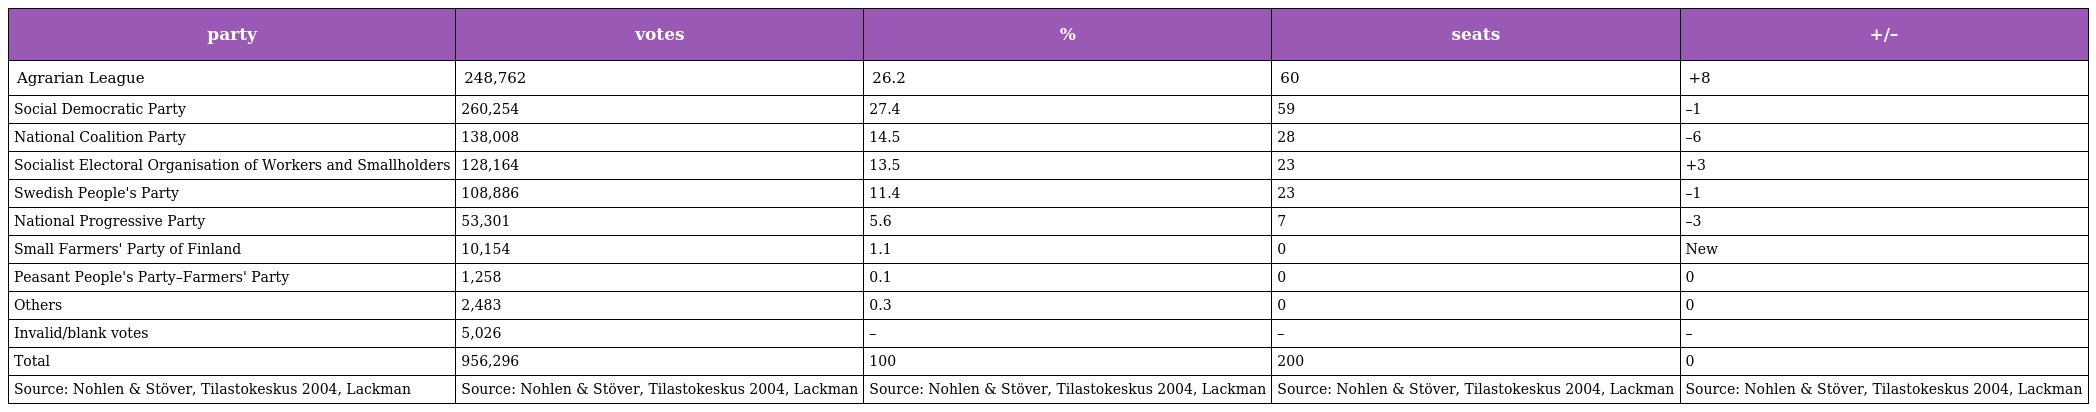
| party | votes | % | seats | +/– |
 | --- | --- | --- | --- | --- |
 | Agrarian League | 248,762 | 26.2 | 60 | +8 |
 | Social Democratic Party | 260,254 | 27.4 | 59 | –1 |
 | National Coalition Party | 138,008 | 14.5 | 28 | –6 |
 | Socialist Electoral Organisation of Workers and Smallholders | 128,164 | 13.5 | 23 | +3 |
 | Swedish People's Party | 108,886 | 11.4 | 23 | –1 |
 | National Progressive Party | 53,301 | 5.6 | 7 | –3 |
 | Small Farmers' Party of Finland | 10,154 | 1.1 | 0 | New |
 | Peasant People's Party–Farmers' Party | 1,258 | 0.1 | 0 | 0 |
 | Others | 2,483 | 0.3 | 0 | 0 |
 | Invalid/blank votes | 5,026 | – | – | – |
 | Total | 956,296 | 100 | 200 | 0 |
 | Source: Nohlen & Stöver, Tilastokeskus 2004, Lackman | Source: Nohlen & Stöver, Tilastokeskus 2004, Lackman | Source: Nohlen & Stöver, Tilastokeskus 2004, Lackman | Source: Nohlen & Stöver, Tilastokeskus 2004, Lackman | Source: Nohlen & Stöver, Tilastokeskus 2004, Lackman |